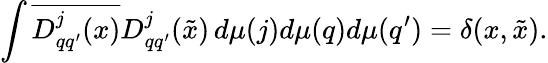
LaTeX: \int\overline{{{D_{qq^{\prime}}^{j}(x)}}}D_{qq^{\prime}}^{j}(\tilde{x})\, d\mu(j)d\mu(q)d\mu(q^{\prime})=\delta(x,\tilde{x}).